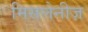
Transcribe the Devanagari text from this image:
मिसलेनीज़